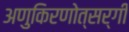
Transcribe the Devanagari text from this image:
अणुकिरणोत्सर्गी